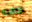
دمه